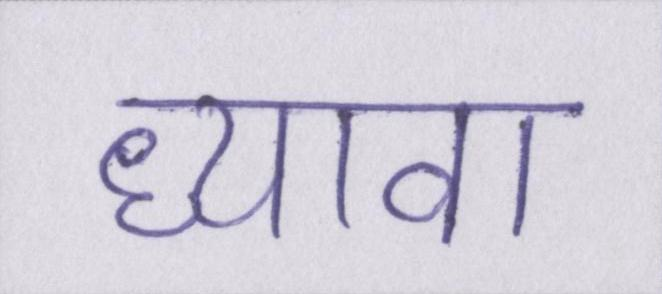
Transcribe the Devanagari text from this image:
ध्यावा